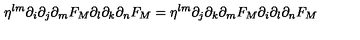
\eta ^ { l m } \partial _ { i } \partial _ { j } \partial _ { m } F _ { M } \partial _ { l } \partial _ { k } \partial _ { n } F _ { M } = \eta ^ { l m } \partial _ { j } \partial _ { k } \partial _ { m } F _ { M } \partial _ { i } \partial _ { l } \partial _ { n } F _ { M }